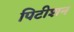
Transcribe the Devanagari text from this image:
पिटीशन